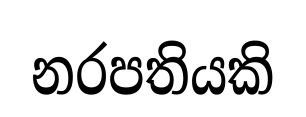
නරපතියකි